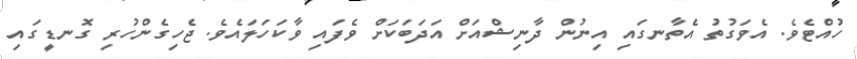
ހުއްޓެވެ. އެވަގުތު އެތާނގައި އިނުން ދާނިޝްއަށް އަދަބަކަށް ވެފައި ވާކަހަލައެވެ. ޖެހިގެންހުރި ގޮނޑީީގައި